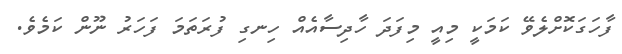
ފާހަގަކޮށްލެވޭ ކަމަކީ މިއީ މިފަދަ ހާދިސާއެއް ހިނގި ފުރަތަމަ ފަހަރު ނޫން ކަމެވެ.